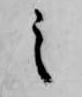
之